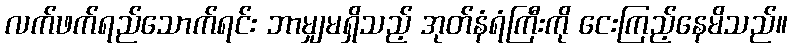
လက်ဖက်ရည်သောက်ရင်း ဘာမျှမရှိသည့် အုတ်နံရံကြီးကို ငေးကြည့်နေမိသည်။